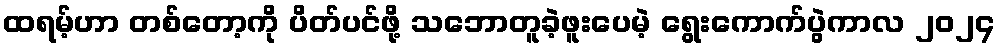
ထရမ့်ဟာ တစ်တော့ကို ပိတ်ပင်ဖို့ သဘောတူခဲ့ဖူးပေမဲ့ ရွေးကောက်ပွဲကာလ ၂၀၂၄